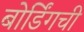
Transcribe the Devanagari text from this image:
बोर्डिंगची